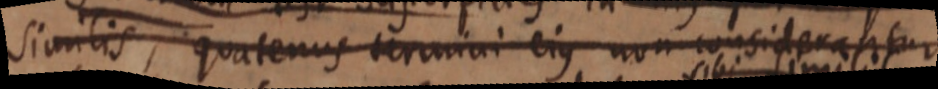
similis, quatenus termini ejus non considerantur